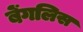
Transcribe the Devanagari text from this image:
बेंगलिस